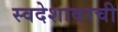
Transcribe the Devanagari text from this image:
स्वदेशावरची